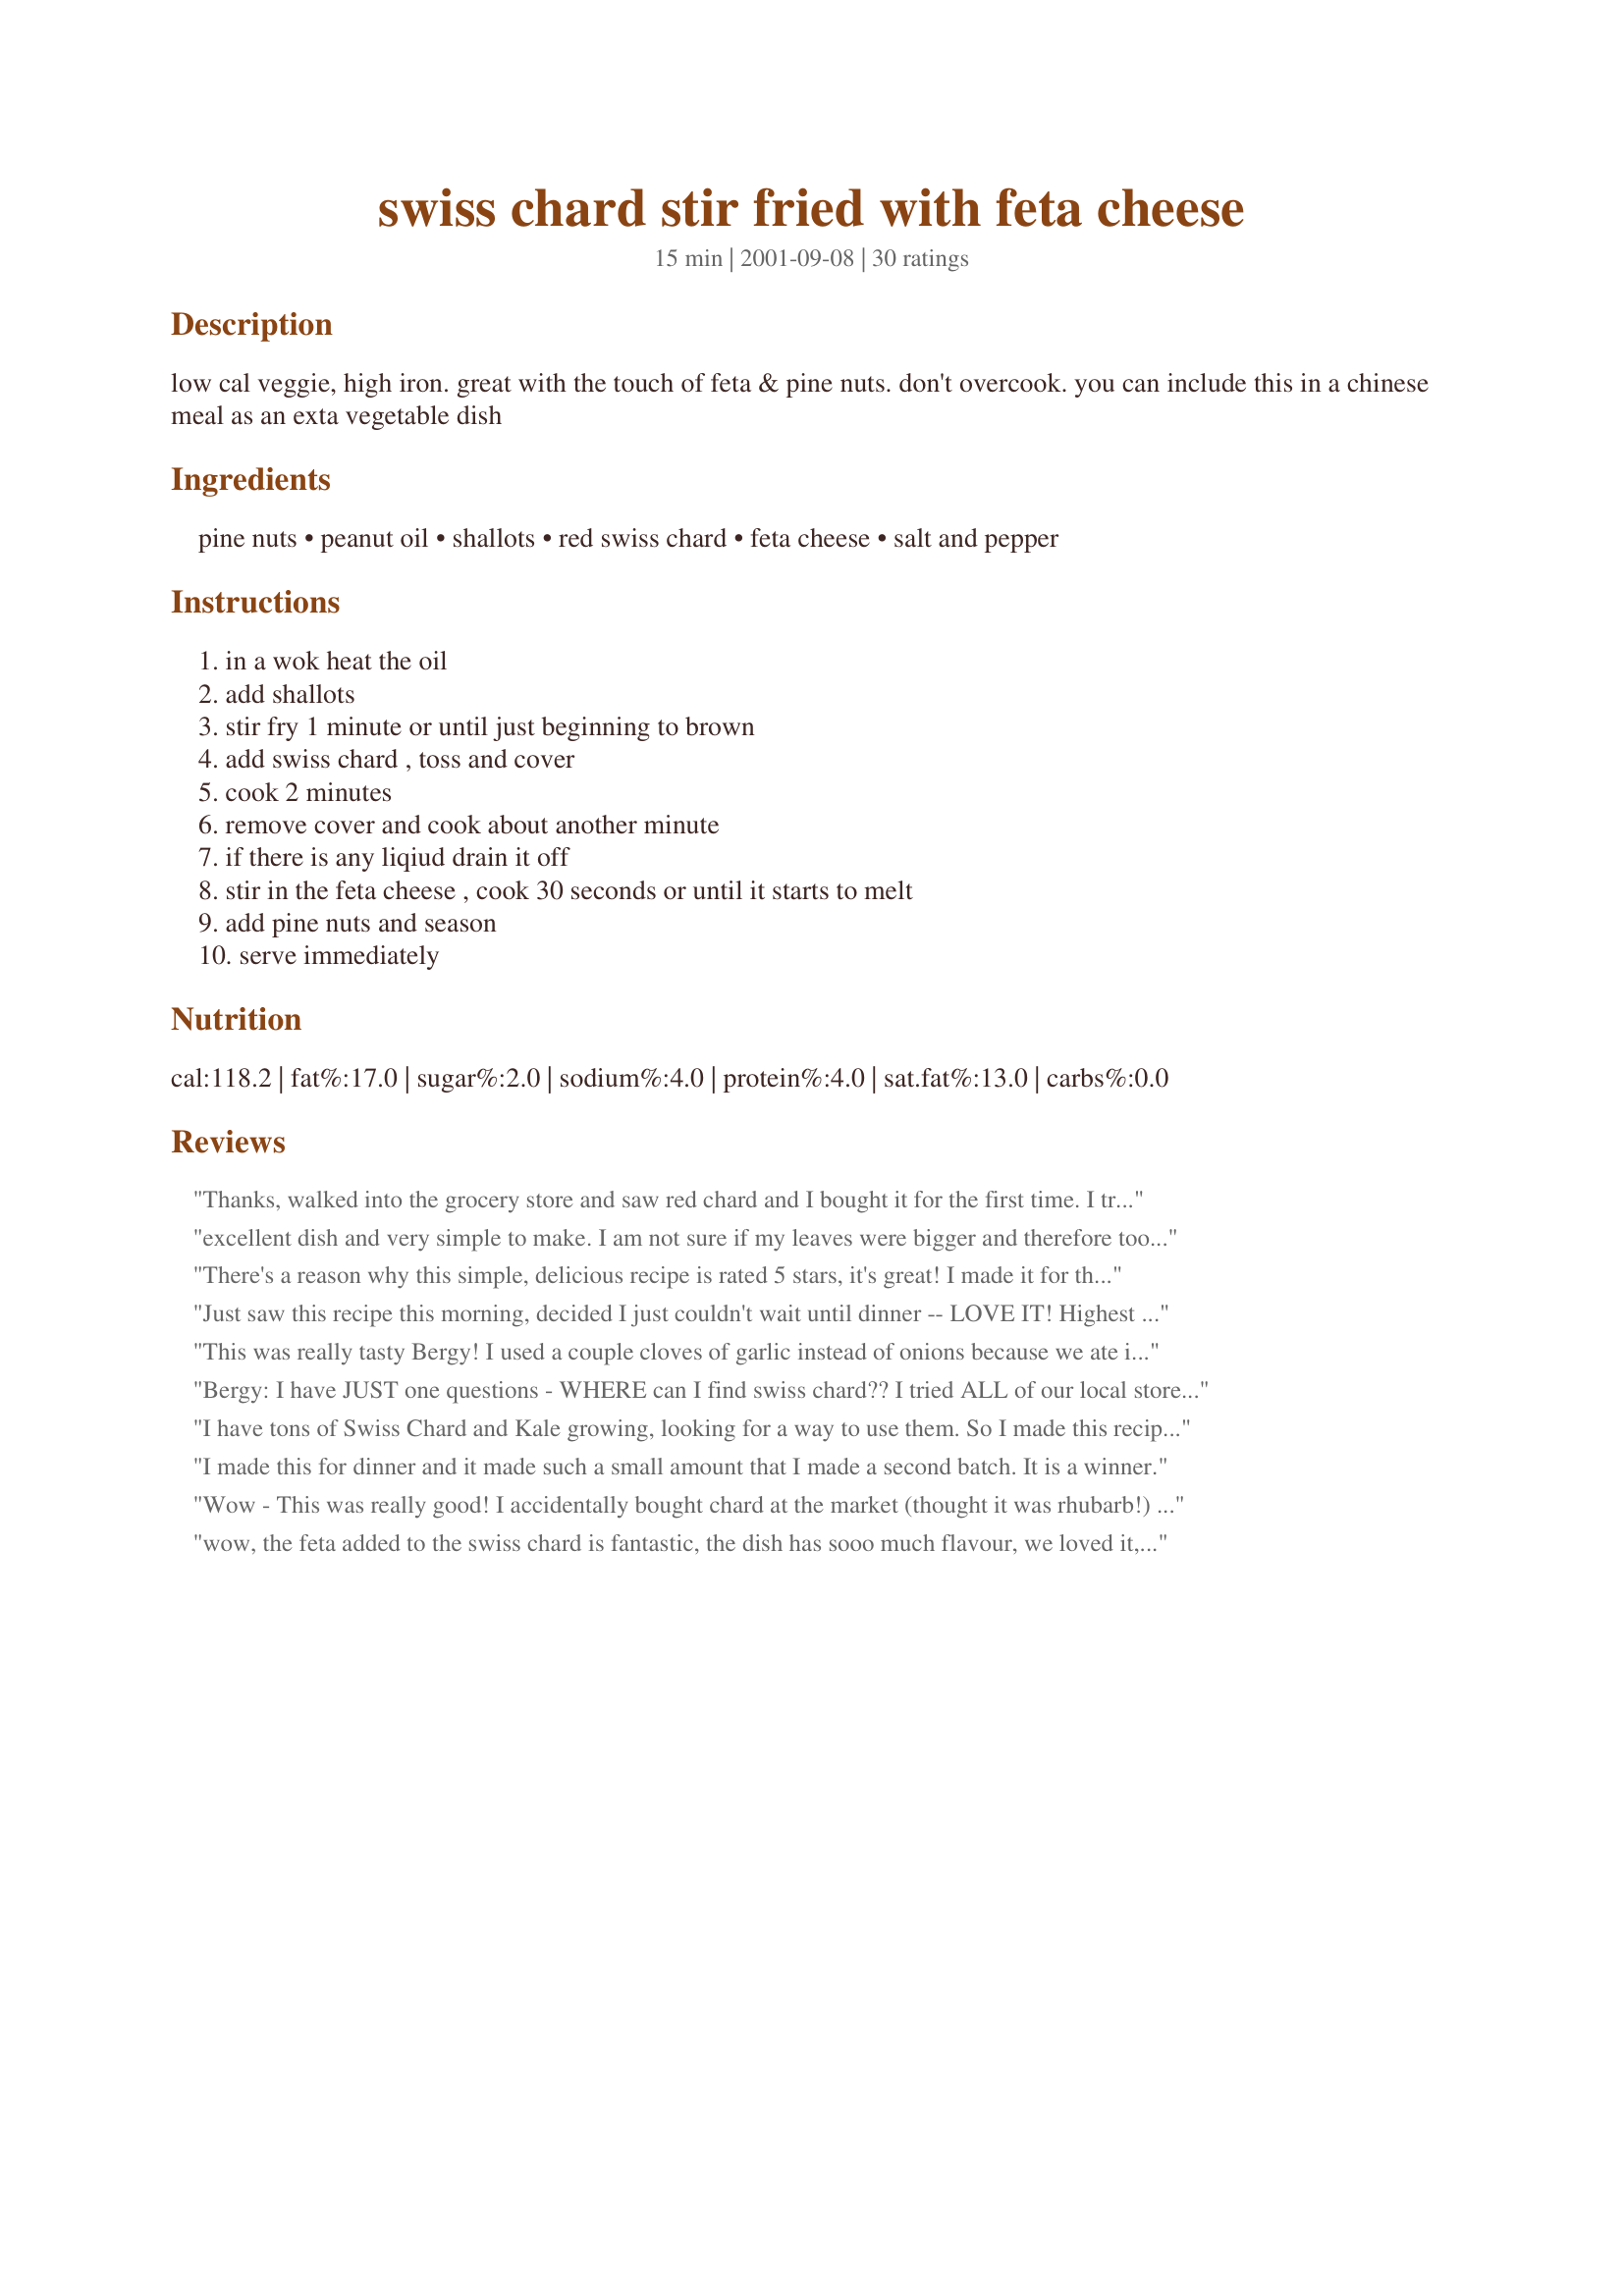
swiss chard stir fried with feta cheese
Preparation time: 15 minutes

low cal veggie, high iron. great with the touch of feta & pine nuts. don't overcook. you can include this in a chinese meal as an exta vegetable dish

Ingredients:
pine nuts, peanut oil, shallots, red swiss chard, feta cheese, salt and pepper

Steps:
in a wok heat the oil, add shallots, stir fry 1 minute or until just beginning to brown, add swiss chard , toss and cover, cook 2 minutes, remove cover and cook about another minute, if there is any liqiud drain it off, stir in the feta cheese , cook 30 seconds or until it starts to melt, add pine nuts and season, serve immediately

Reviews:
Thanks, walked into the grocery store and saw red chard and I bought it for the first time. I tried your recipe, I loved it because it had just a few ing. and it looked quick. We loved it, so thanks again.
excellent dish and very simple to make. I am not sure if my leaves were bigger and therefore took more time to cook, but I continued cooking until the leaves were wilted. Will, MOST DEFINATELY, do again, thanks so much for sharing.
There's a reason why this simple, delicious recipe is rated 5 stars, it's great! I made it for the diabetic I cook for, and made it for my husband too! We all enjoyed it. Other than decreasing the peanut oil to 1 Tbsp., I followed the directions. I had some feta in the fridge that had sun dried tomato and basil mixed in with it, and the flavor just "popped!" I had only one bunch of chard, but it was pretty big! This is exactly the kind of recipe I search out; fast, fresh, loads of flavor and healthy! Thanks Bergy!
Just saw this recipe this morning, decided I just couldn't wait until dinner -- LOVE IT! Highest rating!!!
This was really tasty Bergy! I used a couple cloves of garlic instead of onions because we ate it with onion-smothered steaks...I also added a bit of salt to the pine nuts while toasting them in the pan. Be sure to make EXTRA pine nuts because they are super when toasted...luckily I had made about five TBS because my wife and I ate at least three TBS while cooking the rest.
Bergy:

I have JUST one questions - WHERE can I find swiss chard?? I tried ALL of our local stores, and since I'd already bought all the ingredients to make this - I finally ended up substituting fresh kale for the swiss chard. I'm unsure if this was even an acceptable substitute, but it was GREAT! I will keep my eyes open for swiss chard...in the meantime, even DH raved about this - and he does NOT like cooked greens of ANY kind! Surprised me - he has already said I need to make it again! I used extra feta cheese (garlic/onion flavored), and of course a few extra pine nuts, since we love them as well! THANK you for sharing! This is a KEEPER!
I have tons of Swiss Chard and Kale growing, looking for a way to use them. So I made this recipe with half Swiss Chard &amp; half Kale, with olive instead of peanut oil - delicious
I made this for dinner and it made such a small amount that I made a second batch. It is a winner.
Wow - This was really good! I accidentally bought chard at the market (thought it was rhubarb!) and then searched for a recipe on Recipezaar.com so I could use it. I tried this recipe last week - made it exactly as written only added sun dried tomatoes. What a great dish - fabulous flavor! So, now I'm going to the market to purposefully buy chard. Thanks for sharing such a neat recipe!
wow, the feta added to the swiss chard is fantastic, the dish has sooo much flavour, we loved it, and a lovely little crunch with the pine nuts, loverrley!!
I had no shallots, so I subed with regular onion, it was fine. Thanks for posting i will be making this again.
Simple recipe but so full of flavor! Toasting the pine nuts in a pan for a bit is definitely recommended, since it adds a lot to the dish.
I'm not a fan of leafy greens or shallots, but this recipe makes them delicious.
One of our favorite chard recipes. We typically use rainbow chard, lots of feta, macademia nut oil, and pine nuts. We don't add the stems usually because they take a little longer to cook.
This was great & easy to make. Look forward to making more when my chard is ready to harvest in the garden. I used red onion (about 1/4cup) in place of scallions; also used reduced-fat feta and didn't alter flavor at all. Thanks!!
This was an excellent veggie dish! First, I was a shallot short, but I added some red onion to my shallot and that turned out well. And I cut back on the oil, only finding half as much to be necessary. You didn't say what to do with the stalks of the chard (I assumed they didn't go in), but I didn't want to waste them so I steamed them for 15 minutes and added them with the rest of the chard leaves. And then you know me..I put in more feta than called for!!!! :) This turned out great! The pine nuts were a nice touch, too. Good work, Bergy! You sure you're not an Iron Chef? ;)
I tried swiss chard for the first time today using this recipe, and WOW! It was so good! It tasted so good I thought that it MUST be unhealthy, but it isn't so that's even better. I did think it was a little oily, but I'm sure that was my fault and not the recipe. I didn't have peanut oil and used olive oil instead, so that's what it could have been. GREAT recipe Bergy.
Great dish. I added a clove of garlic too because everything tastes better with garlic. The feta and pine nuts were great additions.
yum. first time eating swiss chard and it was straight from the garden....my hubs gobbled it up. We ate with roasted carrots and a small filet. Delicious.
Bergy,
I bought the most beautiful red swiss chard yesterday, suitable for framing! Instead I used this recipe and loved the combination. Ran out of pine nuts so I used cashews. It was terrific. This is a great way to cook spinach too! Thank you. Suzanne
This is such a great recipe. I frequently get chard as part of my veggie basket from a CSA and I am looking for creative ways to cook it. This was a huge hit with the family. The only substitution I made was I used olive oil because I had it on hand. This will definately be served again.
i also subbed olive oil for the peanut oil but will try it next time to see if the flavor changes significantly. even without, it was fantastic. oh, and i didn't have shallots, so i subbed onions instead. the fact that my husband loves this too is a testimony to how good it is--he hardly EVER eats veggies!!
Like WJKing, even my green-wary BF loved this! Also like WJKing and Sue L, we added extra feta. I used organic rainbow chard (they have yellow, orange, red, pink or white stems), which made this delicious and exceptionally beautiful! Very good flavor and so simple and healthy. I served with your Polenta Parmesan #12435 (our fave!) and homemade organic tomato sauce. I (like Sue L) found that I only had to use about half of the amount of oil called for, but I did add a tsp of water when I added the chard to help cook it a bit. The pine nuts made this really special. Thank you for another great recipe, Bergy!
This is such a nice change from the regular plain greens with garlic. Nice and creamy, and excellent flavor. This will be one of my regulars!
delicious, i loved the pine nuts
Oh my, I was impatient and the grocery store only had green swiss chard. I liked this, but think had I used the red I would have loved it.
It was really good. We used less oil but more feta, and we used reduced fat feta which didn't melt too much so it was really tasty.
We made this last week...only difference added garlic. It was a HIT! In a very short time, this has become a favorite. We tried it tonight with swisschard and beet greens - just as good. The beet greens give it a slight deeper layer to the dish. Thank you Bergy - quite good.
WOW, this was SO delicious!!! The flavors danced on my palate. Thank you so much!! It was so quick to prepare as well...went great with my lamb chops. This will be a frequent repeat in my house..
Great and easy, substituted olive oil for the Peanut and garlic for the shallot. will try soon as written except will sub peanuts or something for pine nuts and sub out the feta with something else.....
This recipe was outstanding! Chard is the "free vegetable of the week" from my vegetable garden. I stumbled across this recipe when I was trying to come up with a new way to cook it.

I used about 1 T of Olive Oil instead of the Peanut Oil and doubled the pine nuts because I love them so much. I also used the stems of the chard.

I will DEFINITELY make this again! Yummy!
